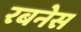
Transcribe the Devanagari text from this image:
रबनेस